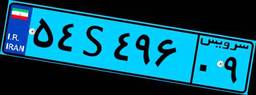
۴۵S۱۲۰۷۴